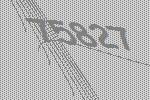
75827